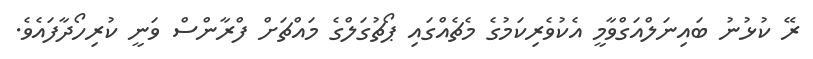
ރޭ ކުޅުނު ބައިނަލްއަގްވާމީ އެކުވެރިކަމުގެ މެޗެއްގައި ޕޯޗުގަލްގެ މައްޗަށް ފްރާންސް ވަނީ ކުރިހޯދާފައެވެ.